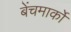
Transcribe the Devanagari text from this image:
बेंचमार्कों